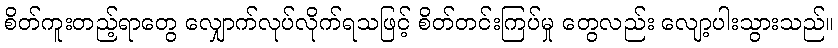
စိတ်ကူးတည့်ရာတွေ လျှောက်လုပ်လိုက်ရသဖြင့် စိတ်တင်းကြပ်မှု တွေလည်း လျော့ပါးသွားသည်။